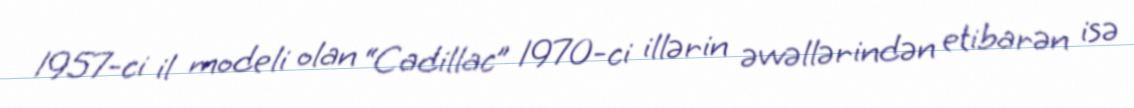
1957-ci il modeli olan “Cadillac” 1970-ci illərin əvvəllərindən etibarən isə